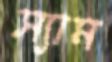
স্যাম